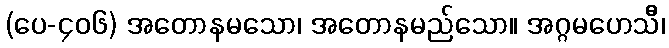
(ပေ-၄၀၆) အတောနမသော၊ အတောနမည်သော။ အဂ္ဂမဟေသိီ၊